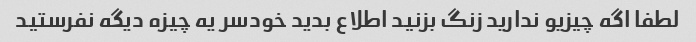
لطفا اگه چیزیو ندارید زنگ بزنید اطلاع بدید خودسر یه چیزه دیگه نفرستید